Annual report of the Punjab Veterinary College and of the Civil Veterinary Department, Punjab - 1909-1919
Year: 1909
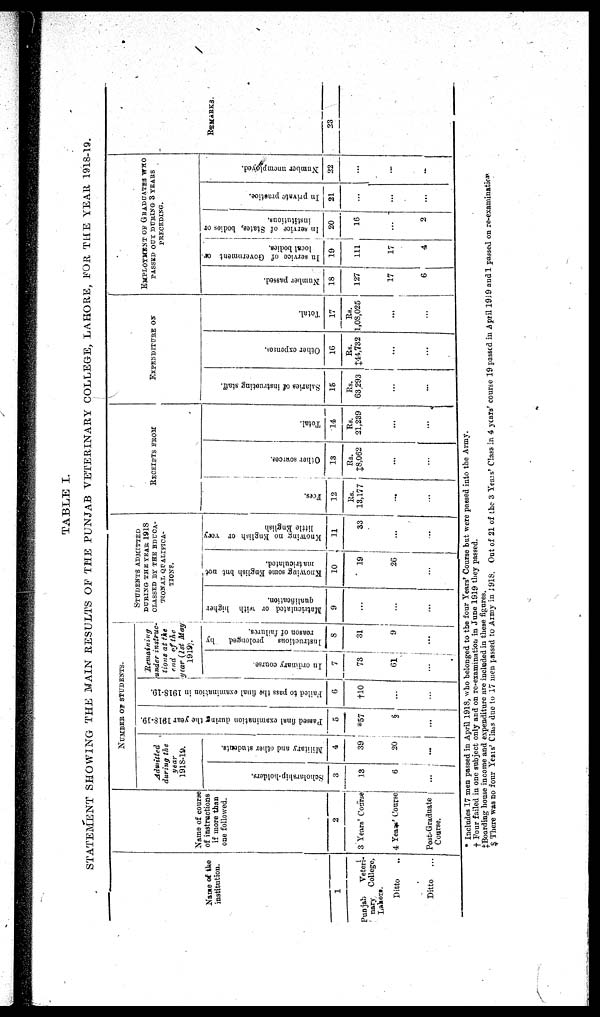
TABLE I.
STATEMENT SHOWING THE MAIN RESULTS OF THE PUNJAB VETERINARY COLLEGE, LAHORE, FOR THE YEAR 1918-19.
Name of the
institution.
1
Punjab
Veteri-
nary College,
Lahore.
Ditto ..
Ditto ...
Name of course
of instructions
if more than
one followed.
2
3 Years' Course
4 Years' Course
Post-Graduate
Course.
NUMBER OF STUDENTS.
Admitted
during the
year
1918-19.
Scholarship.holders.
3
13
6
...
Military and other students.
4 |
39
20
...
Passed final examination during the year 1918-19.
5
*57
§
...
Failed to pass the final examination in 1918-19.
6
†10
...
...
Remaining
under instruc-
tions at the
end of the
year (1st May
1919).
In ordinary course.
7
73
61
...
Instructions
prolonged
by
reason of failures.
8
31
9
...
STUDENTS ADMITTED
DURING
THE YEAR 1918
CLASSED BY THE EDUCA-
TIONAL QUALIFICA-
TIONS.
Matriculated or with higher
qualification.
9
...
...
...
Knowing some English but not
matriculated.
10
19
26
...
Knowing no English or very
little English
11
33
...
...
RECEIPTS FROM
Fees.
12
Rs.
13,177
...
...
Other sources.
13
Rs.
‡8,062
...
...
Total.
14
Rs.
21,239
...
...
EXPENDITURE ON
Salaries of instructing staff.
15
Rs.
63,293
...
...
Other expenses.
16
Rs.
‡44,732
...
...
Total.
17
Rs.
1,08,025
...
...
EMPLOYMENT OF GRADUATES WHO
PASSED OUT DURING 3 YEARS
PRECEDING.
Number passed.
18
127
17
6
In service of Government or
local bodies.
19
111
17
4
In service of States, bodies or
institutions.
i 20
|
16
...
2
In private praetioe.
21
...
...
...
Number unemployed.
22
...
...
..
REMARKS.
23
* Includes 17 men passed in April 1918, who belonged to the four Years' Course but were passed into the Army.
† Four failed in one subject only and on re-examination in June 1919 they passed.
‡Boarding house income and expenditure are included in these figures.
$ There was no four Years' Class due to 17 men passed to Army in 1918. Out of 21 of the 3 Years' Class in 4 years' course 19 passed in April 1919 aud 1 passed on re-examination.